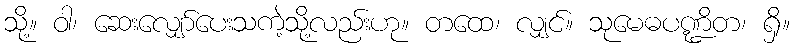
သို့။ ဝါ၊ ဆေးလျှော်ပေးသကဲ့သို့လည်းဟု။ တထေ၊ လျှင်။ သုမေဓပဏ္ဍိတ၊ ရှိ။